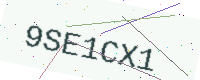
Text: 9SE1CX1